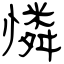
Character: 憐